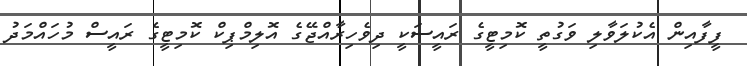
ފީފާއިން އެކުލަވާލި ވަގުތީ ކޮމިޓީގެ ރައީސަކީ ދިވެހިރާއްޖޭގެ އޮލިމްޕިކް ކޮމިޓީގެ ރައީސް މުހައްމަދު